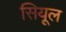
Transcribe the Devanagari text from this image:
सियूल